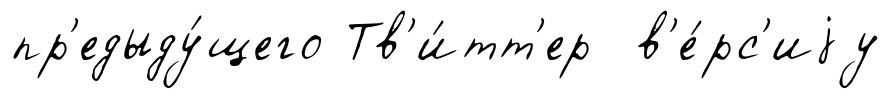
пр'едыду́щего Тв'и́тт'ер в'е́рс'иjу